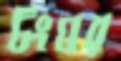
টংঘর